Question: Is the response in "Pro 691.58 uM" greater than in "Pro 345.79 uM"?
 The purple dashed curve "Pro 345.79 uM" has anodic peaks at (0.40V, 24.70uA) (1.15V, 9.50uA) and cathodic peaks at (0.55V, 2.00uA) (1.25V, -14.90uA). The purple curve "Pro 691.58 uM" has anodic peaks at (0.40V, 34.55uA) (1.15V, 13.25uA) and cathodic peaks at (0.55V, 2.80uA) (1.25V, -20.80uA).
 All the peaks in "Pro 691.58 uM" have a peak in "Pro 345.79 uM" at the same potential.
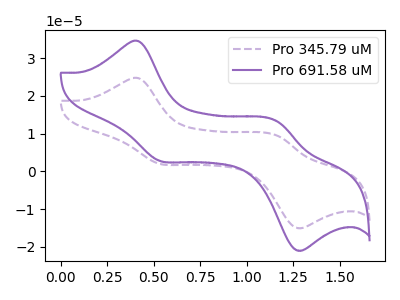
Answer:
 <answer>I cant tell if "Pro 691.58 uM" or "Pro 345.79 uM" has more signal.</answer>
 <eval>mixed_signal</eval>